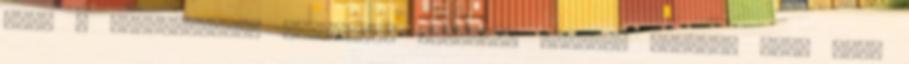
egy, a Felhasználói rendelést összegző felület jelenik meg, ahol